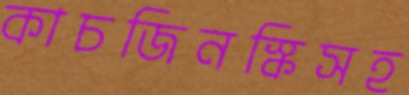
কাচজিনস্কিসহ